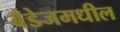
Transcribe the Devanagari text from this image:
बँडेजमधील